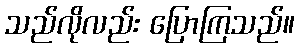
သည်လိုလည်း ပြောကြသည်။